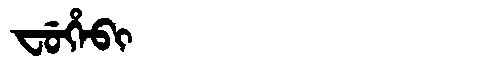
Manchu: ᠸᡠᡥᡝᠪᡳ
Romanization: FUHEBI